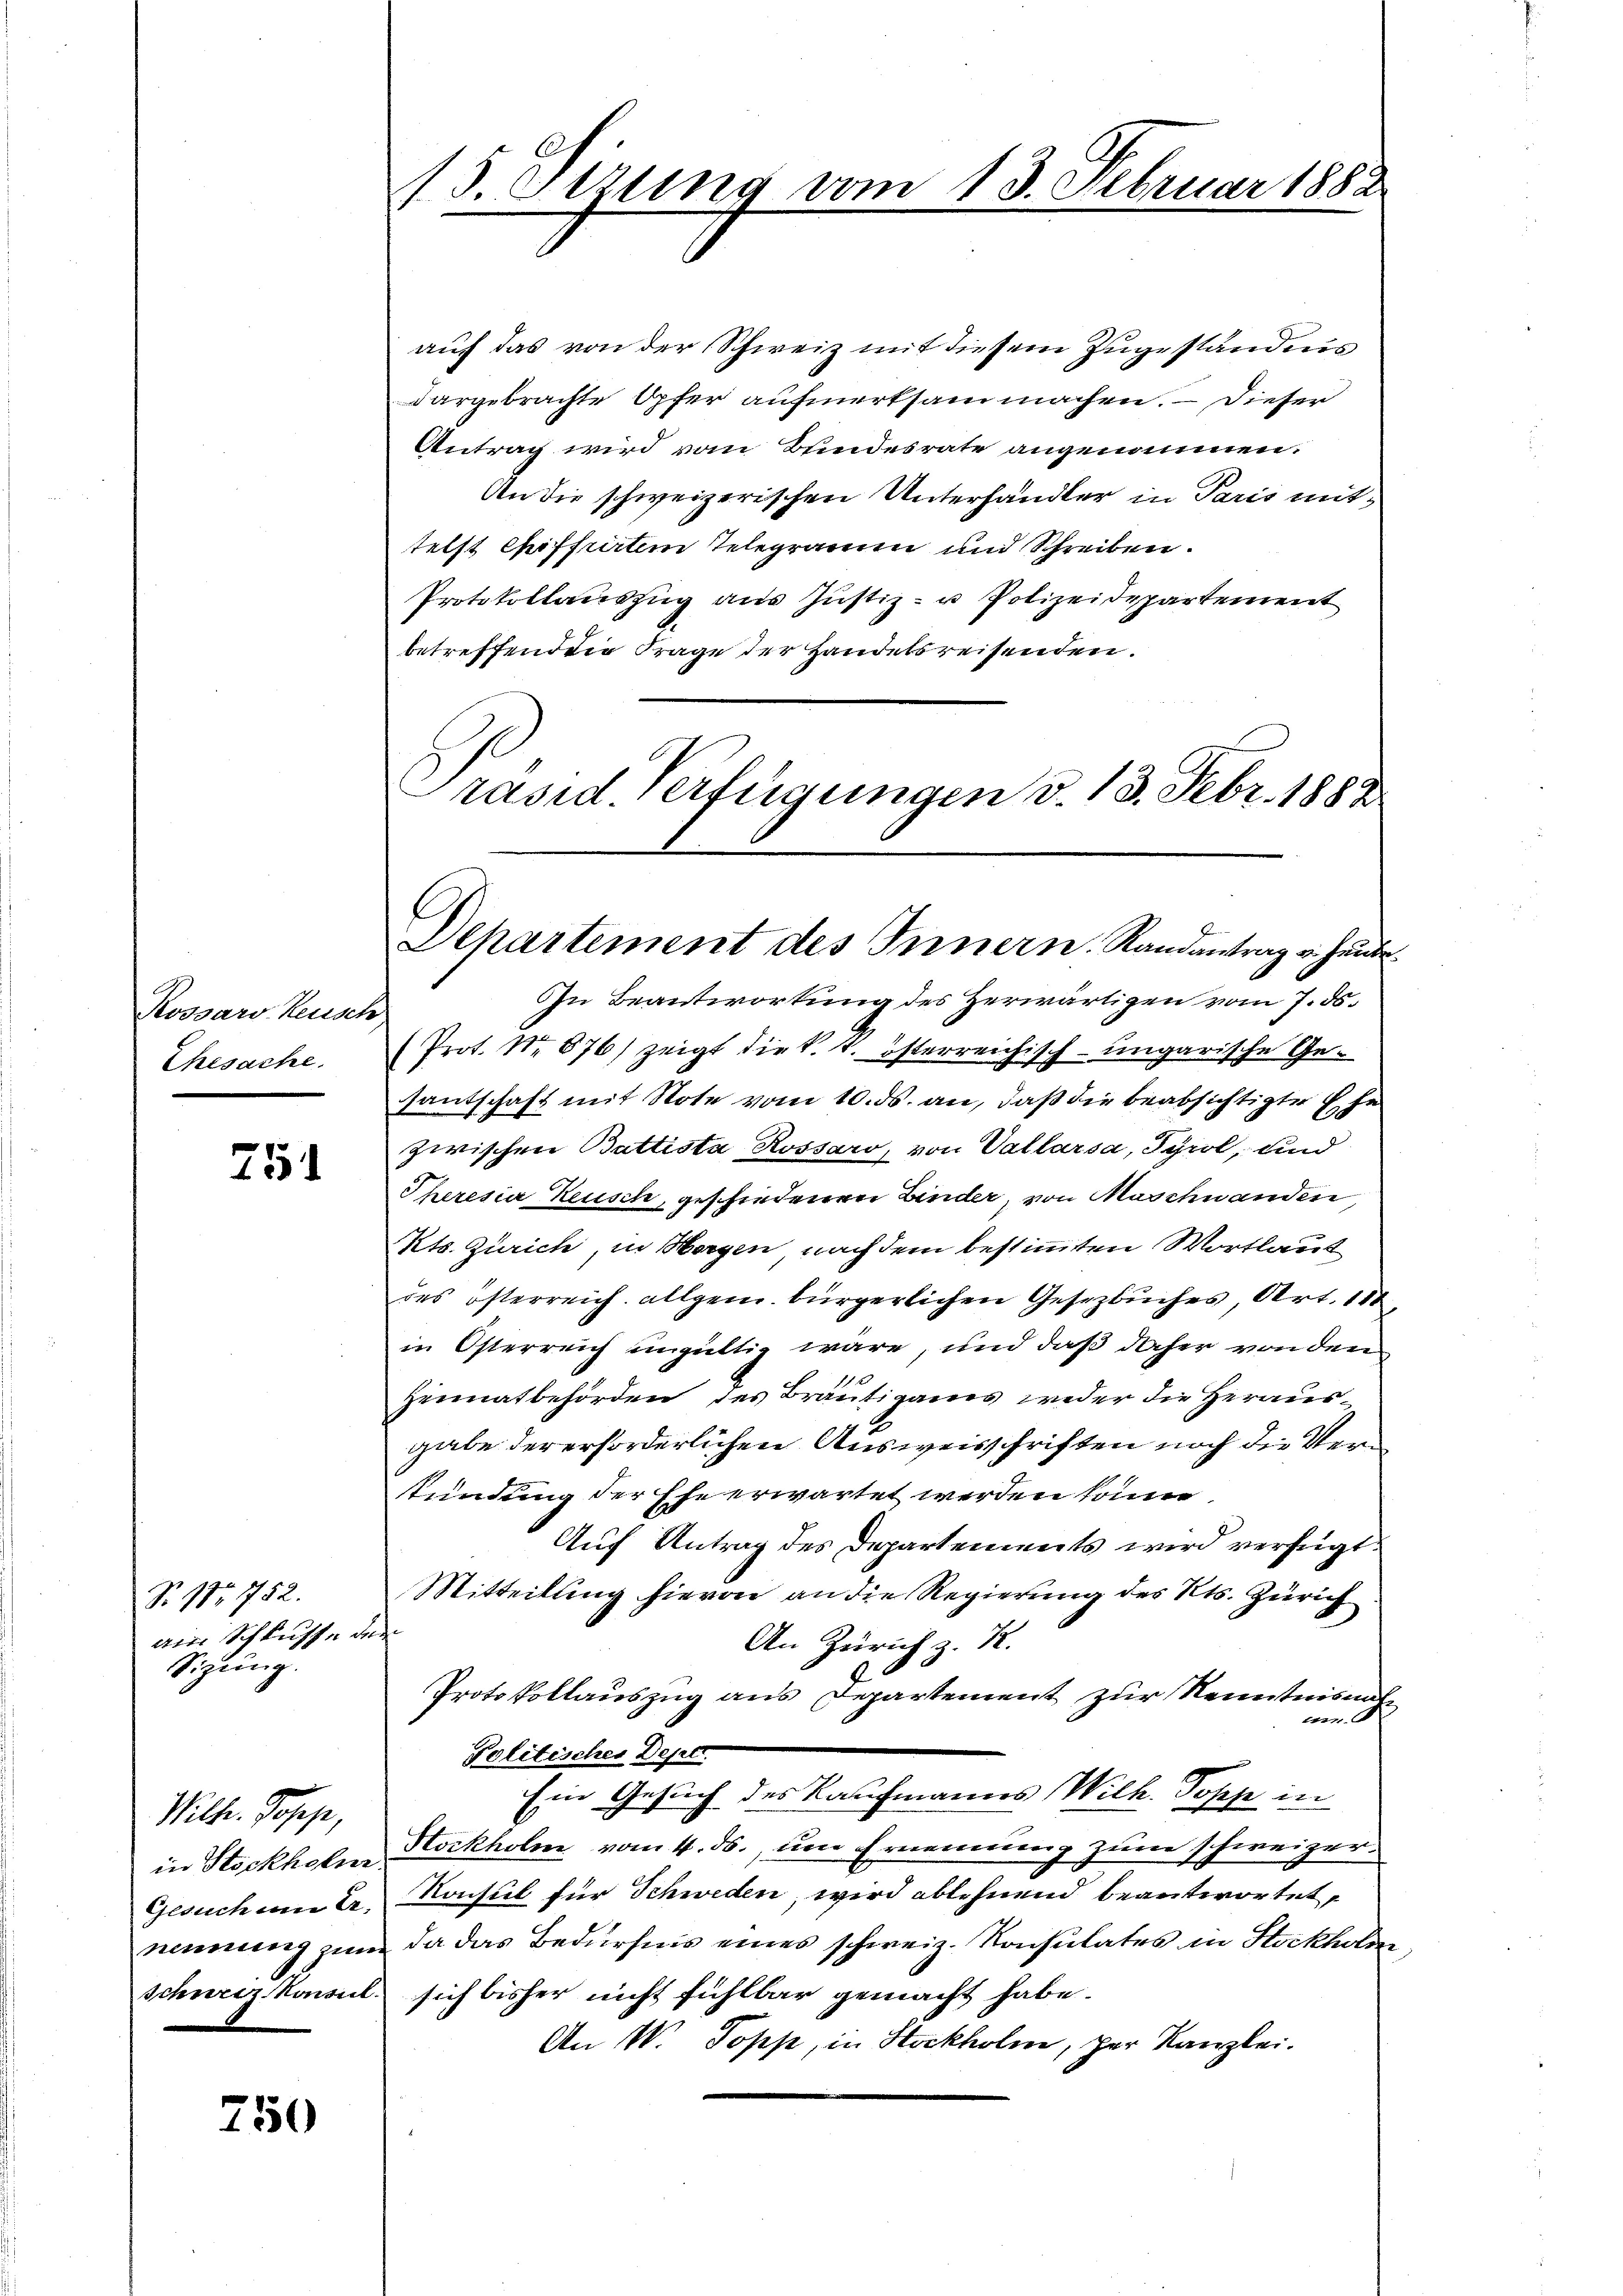
Kossard Keusch
Ehesache.

751

No. 187. 1752.
ain Schlusse u.
Sitzung.

Wilh. Jopp,
Gesuch um Er

750

auf das von der Schweiz mit diesem Zugestandes
dargebrachte Opfer aufmerksam machen. Dieser
Antrag wird vom Bundesrate angenommen.
An die schweizerischen Unterhändler in Paris mittelst Chiffrirten Telegramm und Schreiben.
Protokollauszug aus Justiz- u Polizeidepartement
betreffendene Frage der Handelsreisenden.
Präsid. Verfügungen d. 13. Febr. 1888

15. Jezung vom 13. Februar 1882

Departement des Innern. Randantrag v. heute

In Beantwortung des Herwärtigen vom 7. ds.
(Prot. No. 876) zeigt die k. k. österreichisch-ungarische Gesantschaft mit Note vom 10. ds. an, daß die beabsichtigte ihn
zwischen Battista Rossaro, von Vallarsa, Tyrol, und
Theresia Keusch, geschiedenen Binder, von Maschwanden,
Kts. Zürich, in Horgen, nach dem bestimmten Wortlaut
des österreich allgem. bürgerlichen Gesetzbuches, Art. 118
in Österreich ungültig wäre, und daß daher von den
Heimatbehörden des Bräutiganes weder die Herausgabe der erforderlichen Ausweisschriften noch die Vertundung der Ehe erwartet werden könne
Auf Antrag des Departements wird verfügt.
Mitteilung hievon an die Regierung des Kts. Zürich
e
An Zürich z. R.
Protokollauszug aus Departement zur Kenntnisnal-
ter
Politisches Deper.
Ein Gesuch des Kaufmanns Wilh. Popp in
in Stockholen Stockholm vom 4. ds., um Ernennung zum schweizer¬
Konsul für Schweden, wird ablehnend beantwortet,
nennung zum da das Bedürfnis eines schweiz. Konsulates in Stockholter
schweiz konsul sich bisher nicht fühlbar gemacht habe.
An W. Topp, in Stockholm, per Kanzlei.